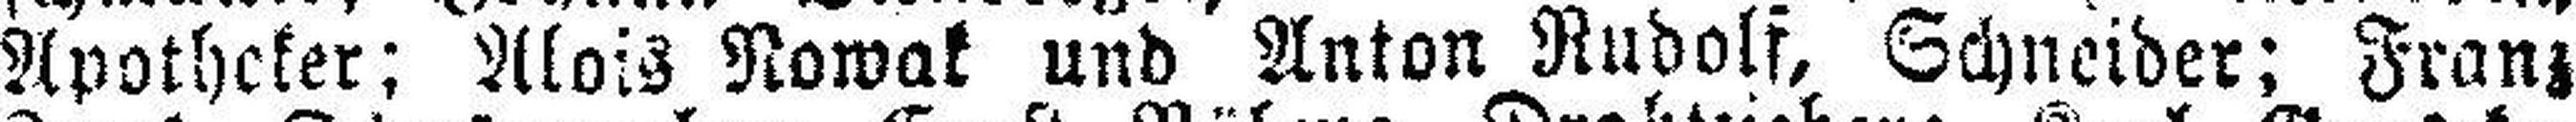
Apotheker; Alois Nowak und Anton Rudolf, Schneider; Franz